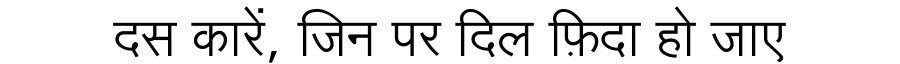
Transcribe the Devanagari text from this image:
दस कारें, जिन पर दिल फ़िदा हो जाए